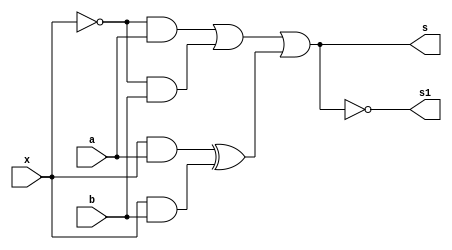
// -------------------------
// Exemplo0034 - F4
// Nome: Bernardo Augusto Godinho de Oliveira
// -------------------------
// -------------------------
// f4_gate
// -------------------------
module f4 (output s,
output s1,
input a,
input b,
input x);

wire a1;
and AND1 (a1, x, a);
wire a2;
and AND2 (a2, x, b);
wire o1;
and AND3 (o1, ~x, a);
wire o2;
and AND4 (o2, ~x, b);
wire and1;
xor AND5 (and1, a1, a2);
wire or1;
or OR1 (or1, o1, o2);

or OR2 (s, or1, and1);

assign s1 = ~s;

endmodule // f4
module test_f4;
// ------------------------- definir dados
reg x;
reg y;
reg z;
wire z0;
wire z1;
f4 modulo (z0, z1, x, y, z);
// ------------------------- parte principal
initial begin

x = 0; y = 1; z = 1;
// projetar testes do modulo
#1 $display("%3b %3b %3b %3b %3b",x,y,z, z0, z1);
end
endmodule // test_f4